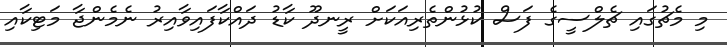
މި މެޗުގައި ޗެލްސީގެ ފަސް ކުޅުންތެރިއަކަށް ރީނދޫ ކާޑު ދައްކާފައިވާއިރު ނެމެންޖާ މަޓިކާއި